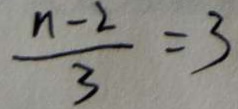
\frac { n - 2 } { 3 } = 3